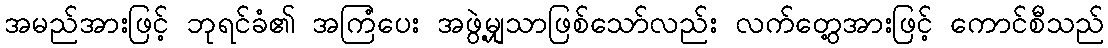
အမည်အားဖြင့် ဘုရင်ခံ၏ အကြံပေး အဖွဲ့မျှသာဖြစ်သော်လည်း လက်တွေ့အားဖြင့် ကောင်စီသည်